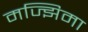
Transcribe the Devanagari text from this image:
मज्झिमा